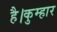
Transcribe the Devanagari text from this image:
है।कुम्हार